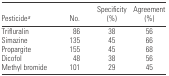
<table><thead><tr><td><b>Pesticidea</b></td><td><b>No.</b></td><td><b>Specificity (%)</b></td><td><b>Agreement (%)</b></td></tr></thead><tbody><tr><td>Trifluralin</td><td>86</td><td>38</td><td>56</td></tr><tr><td>Simazine</td><td>135</td><td>45</td><td>66</td></tr><tr><td>Propargite</td><td>155</td><td>45</td><td>68</td></tr><tr><td>Dicofol</td><td>48</td><td>38</td><td>56</td></tr><tr><td>Methyl bromide</td><td>101</td><td>29</td><td>45</td></tr></tbody></table>